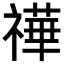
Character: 𥛵